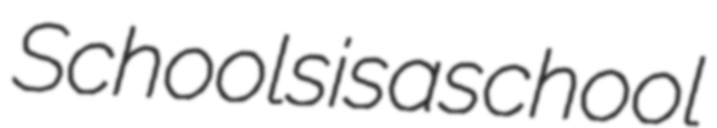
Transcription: Schools is a school